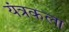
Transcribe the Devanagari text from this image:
यंत्रकला